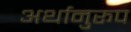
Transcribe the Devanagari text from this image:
अर्थानुरूप